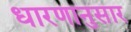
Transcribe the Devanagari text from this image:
धारणानुसार